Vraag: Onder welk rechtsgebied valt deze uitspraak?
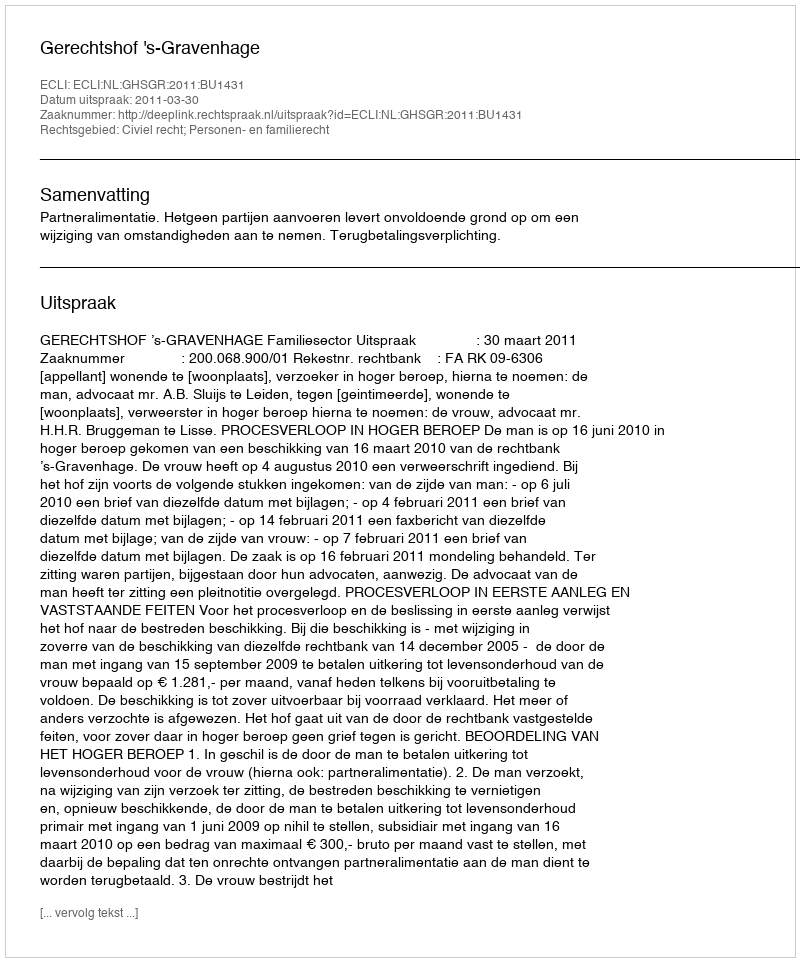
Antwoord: Civiel recht; Personen- en familierecht